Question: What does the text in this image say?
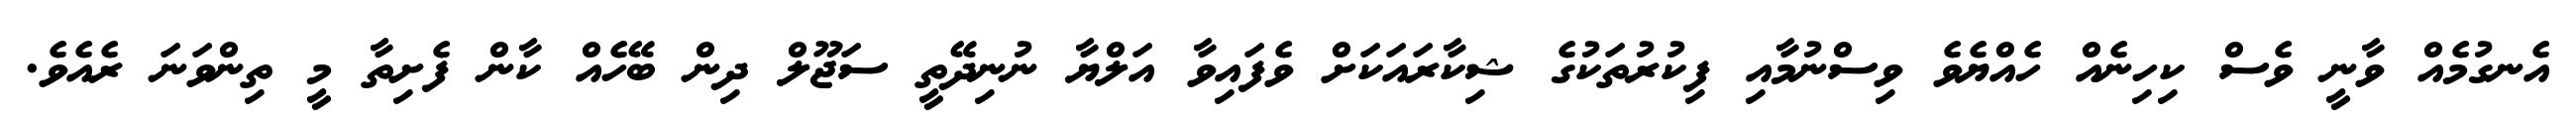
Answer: އެނގުމެއް ވާނީ ވެސް ކިހިނެއް ހެއްޔެވެ ވިސްނުމާއި ފިކުރުތަކުގެ ޝިކާރައަކަށް ވެފައިވާ އަލްޔާ ނުނިދޭތީ ސަޖޫލް ދިން ބޭހެއް ކާން ފެށިތާ މީ ތިންވަނަ ރެއެވެ.